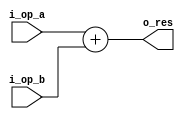
module adder
#(
    parameter WIDTH = 32
)
(
    /* inputs */
    input [WIDTH-1:0] i_op_a,
    input [WIDTH-1:0] i_op_b,

    /* outputs */
    output [WIDTH-1:0] o_res
);

    assign o_res = i_op_a + i_op_b;

endmodule